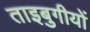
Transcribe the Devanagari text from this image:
ताइबुगीयों